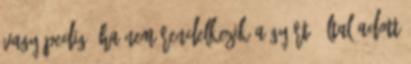
vagy pedig, ha nem rendelkezik a gyártó által adott